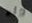
داء